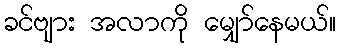
ခင်ဗျား အလာကို မျှော်နေမယ်။